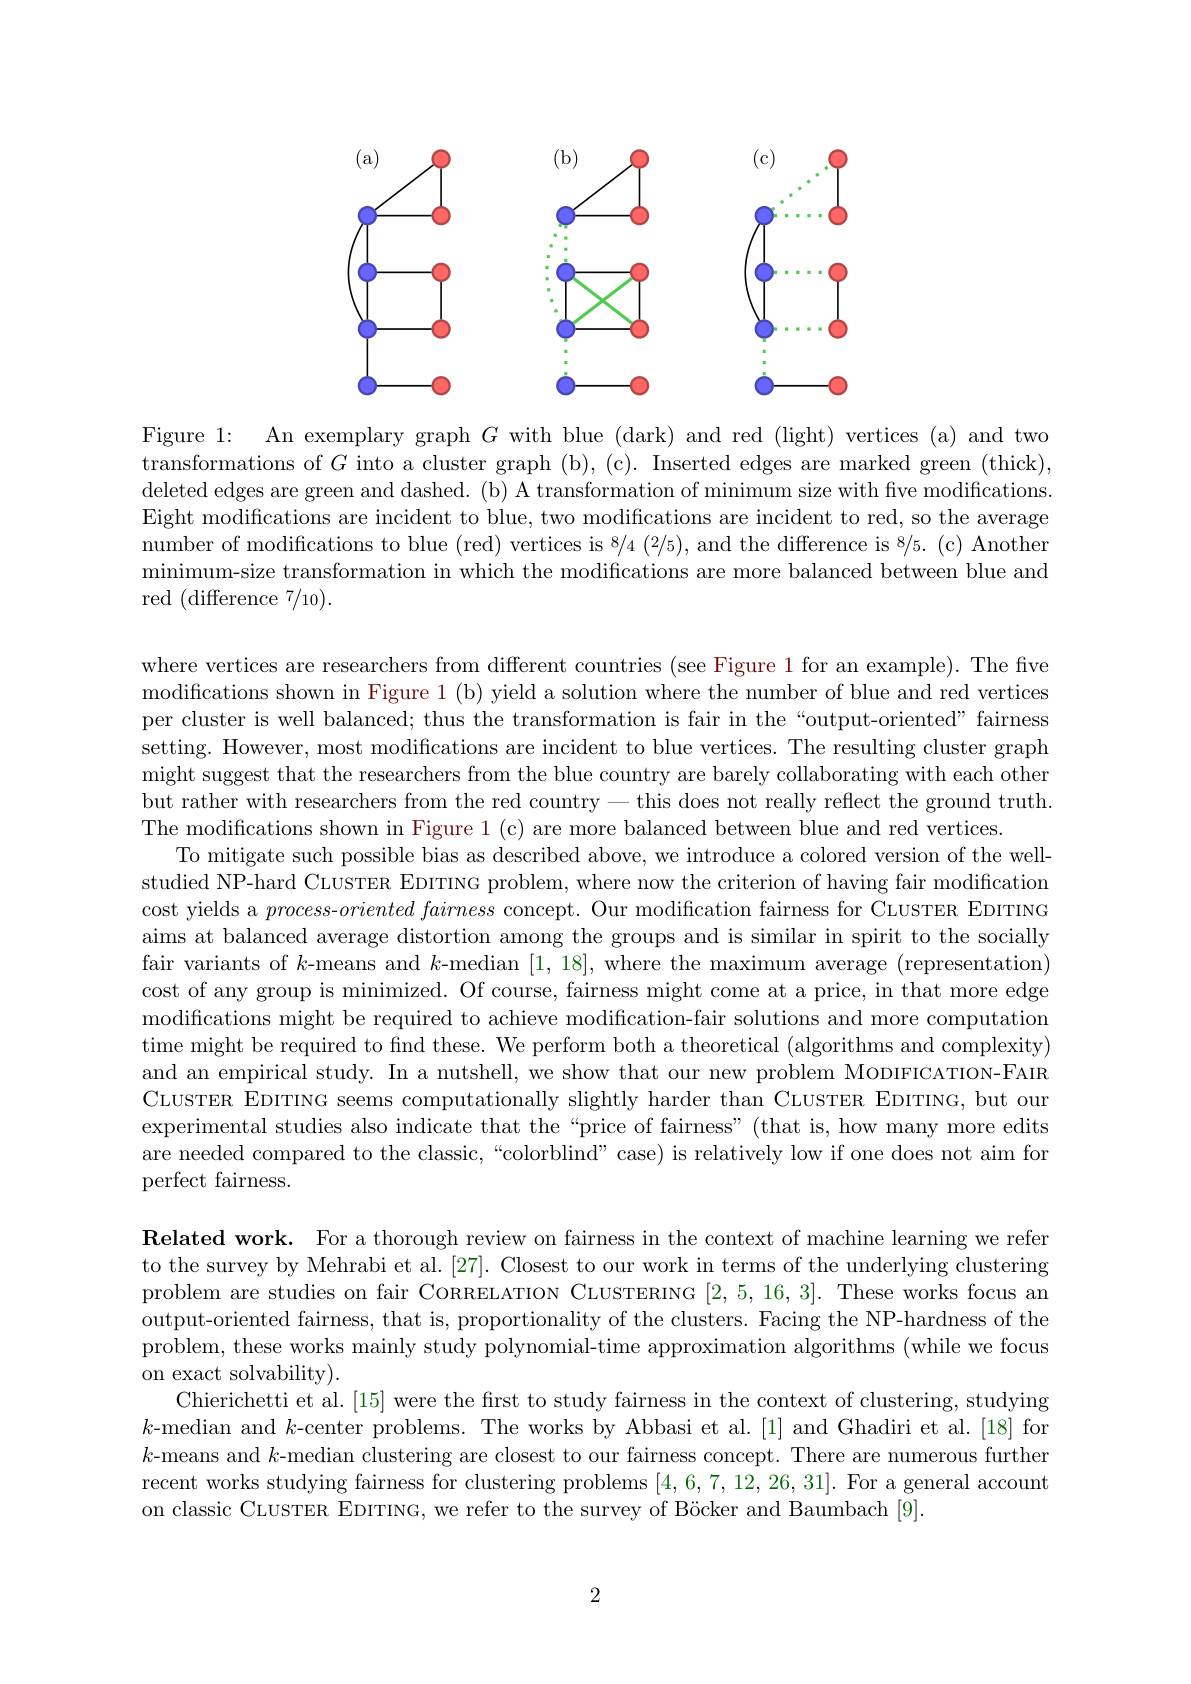
<FigureHere>

Figure 1: An exemplary graph $G$ with blue (dark) and red (light) vertices (a) and two transformations of $G$ into a cluster graph (b),(c). Inserted edges are marked green (thick), deleted edges are green and dashed. (b) A transformation of minimum size with five modifications. Eight modifications are incident to blue, two modifications are incident to red, so the average number of modifications to blue (red) vertices is 8/4 (2/5), and the difference is 8/5. (c) Another minimum-size transformation in which the modifications are more balanced between blue and red (difference 7/10).

where vertices are researchers from different countries (see Figure 1 for an example). The five modifications shown in Figure 1 (b) yield a solution where the number of blue and red vertices per cluster is well balanced; thus the transformation is fair in the“output-oriented” fairness setting. However, most modifications are incident to blue vertices. The resulting cluster graph might suggest that the researchers from the blue country are barely collaborating with each other but rather with researchers from the red country-this does not really reflect the ground truth. The modifications shown in Figure 1 (c) are more balanced between blue and red vertices.
To mitigate such possible bias as described above, we introduce a colored version of the wellstudied NP-hard CLUSTER EDITING problem, where now the criterion of having fair modification cost yields a $process-oriented$ fairness concept. Our modification fairness for CLUSTER EDITING aims at balanced average distortion among the groups and is similar in spirit to the socially fair variants of $k$-means and $k$-median [1,18], where the maximum average (representation) cost of any group is minimized. Of course, fairness might come at a price, in that more edge modifications might be required to achieve modification-fair solutions and more computation time might be required to find these. We perform both a theoretical (algorithms and complexity) and an empirical study. In a nutshell, we show that our new problem MoDIFICATION-FAIR CLUSTER EDITING seems computationally slightly harder than CLUSTER EDITING, but our experimental studies also indicate that the“price of fairness”(that is, how many more edits are needed compared to the classic, “colorblind”case) is relatively low if one does not aim for perfect fairness.

Related work. For a thorough review on fairness in the context of machine learning we refer to the survey by Mehrabi et al. [27]. Closest to our work in terms of the underlying clustering problem are studies on fair CORRELATION CLUSTERING [2,5,16,3]. These works focus an output-oriented fairness, that is, proportionality of the clusters. Facing the NP-hardness of the problem, these works mainly study polynomial-time approximation algorithms (while we focus on exact solvability).
Chierichetti et al. [15] were the first to study fairness in the context of clustering, studying $k$-median and $k$-center problems. The works by Abbasi et al.[1] and Ghadiri et al.[18] for $k$-means and $k$-median clustering are closest to our fairness concept. There are numerous further recent works studying fairness for clustering problems [4,6,7,12,26,31]. For a general account on classic CLUSTER EDITING, we refer to the survey of Böcker and Baumbach [9].

2